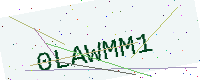
Text: 0LAWMM1